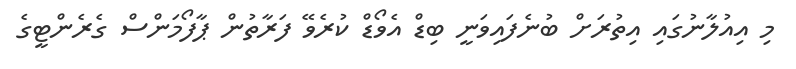
މި އިއުލާނުގައި އިތުރަށް ބުނެފައިވަނީ ބިޑް އެވޯޑް ކުރެވޭ ފަރާތުން ޕާފޯމަންސް ގެރެންޓީގެ